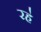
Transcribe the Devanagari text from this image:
रह॓